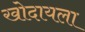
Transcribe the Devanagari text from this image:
खोदायला